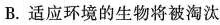
B.适应环境的生物将被淘汰